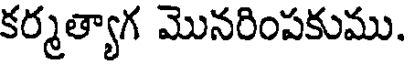
కర్మత్యాగ మొనరింపకుము.